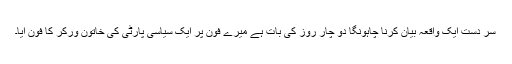
سر دست ایک واقعہ بیان کرنا چاہونگا دو چار روز کی بات ہے میرے فون پر ایک سیاسی پارٹی کی خاتون ورکر کا فون آیا۔